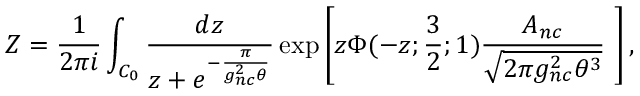
{ \cal Z } = \frac { 1 } { 2 \pi i } \int _ { { \cal C } _ { 0 } } \frac { d z } { z + e ^ { - \frac { \pi } { g _ { n c } ^ { 2 } \theta } } } \exp \left[ z \Phi ( - z ; \frac { 3 } { 2 } ; 1 ) \frac { A _ { n c } } { \sqrt { 2 \pi g _ { n c } ^ { 2 } \theta ^ { 3 } } } \, \, \right] ,